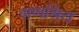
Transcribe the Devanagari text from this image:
गणश्रिय